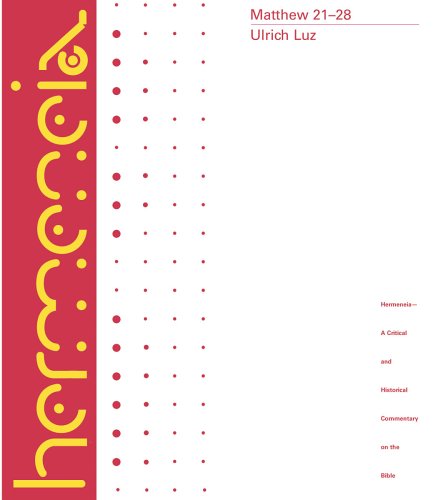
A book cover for Matthew 21-28: A Commentary (Hermeneia: A Critical & Historical Commentary on the Bible); Ulrich Luz; Christian Books & Bibles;